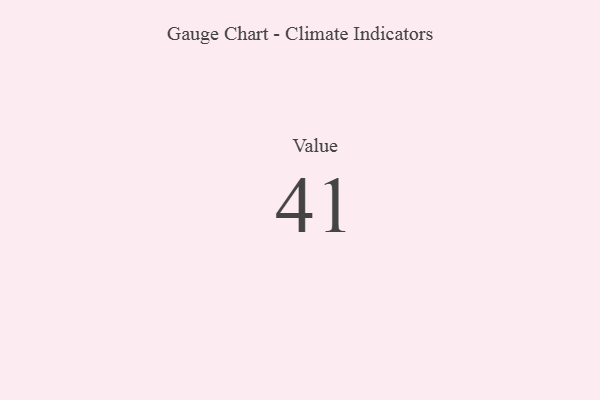
{"axis": {"x": "Metric", "y": "Value"}, "legend": [""], "data": [{"x": "Value", "y": 41, "type": ""}]}